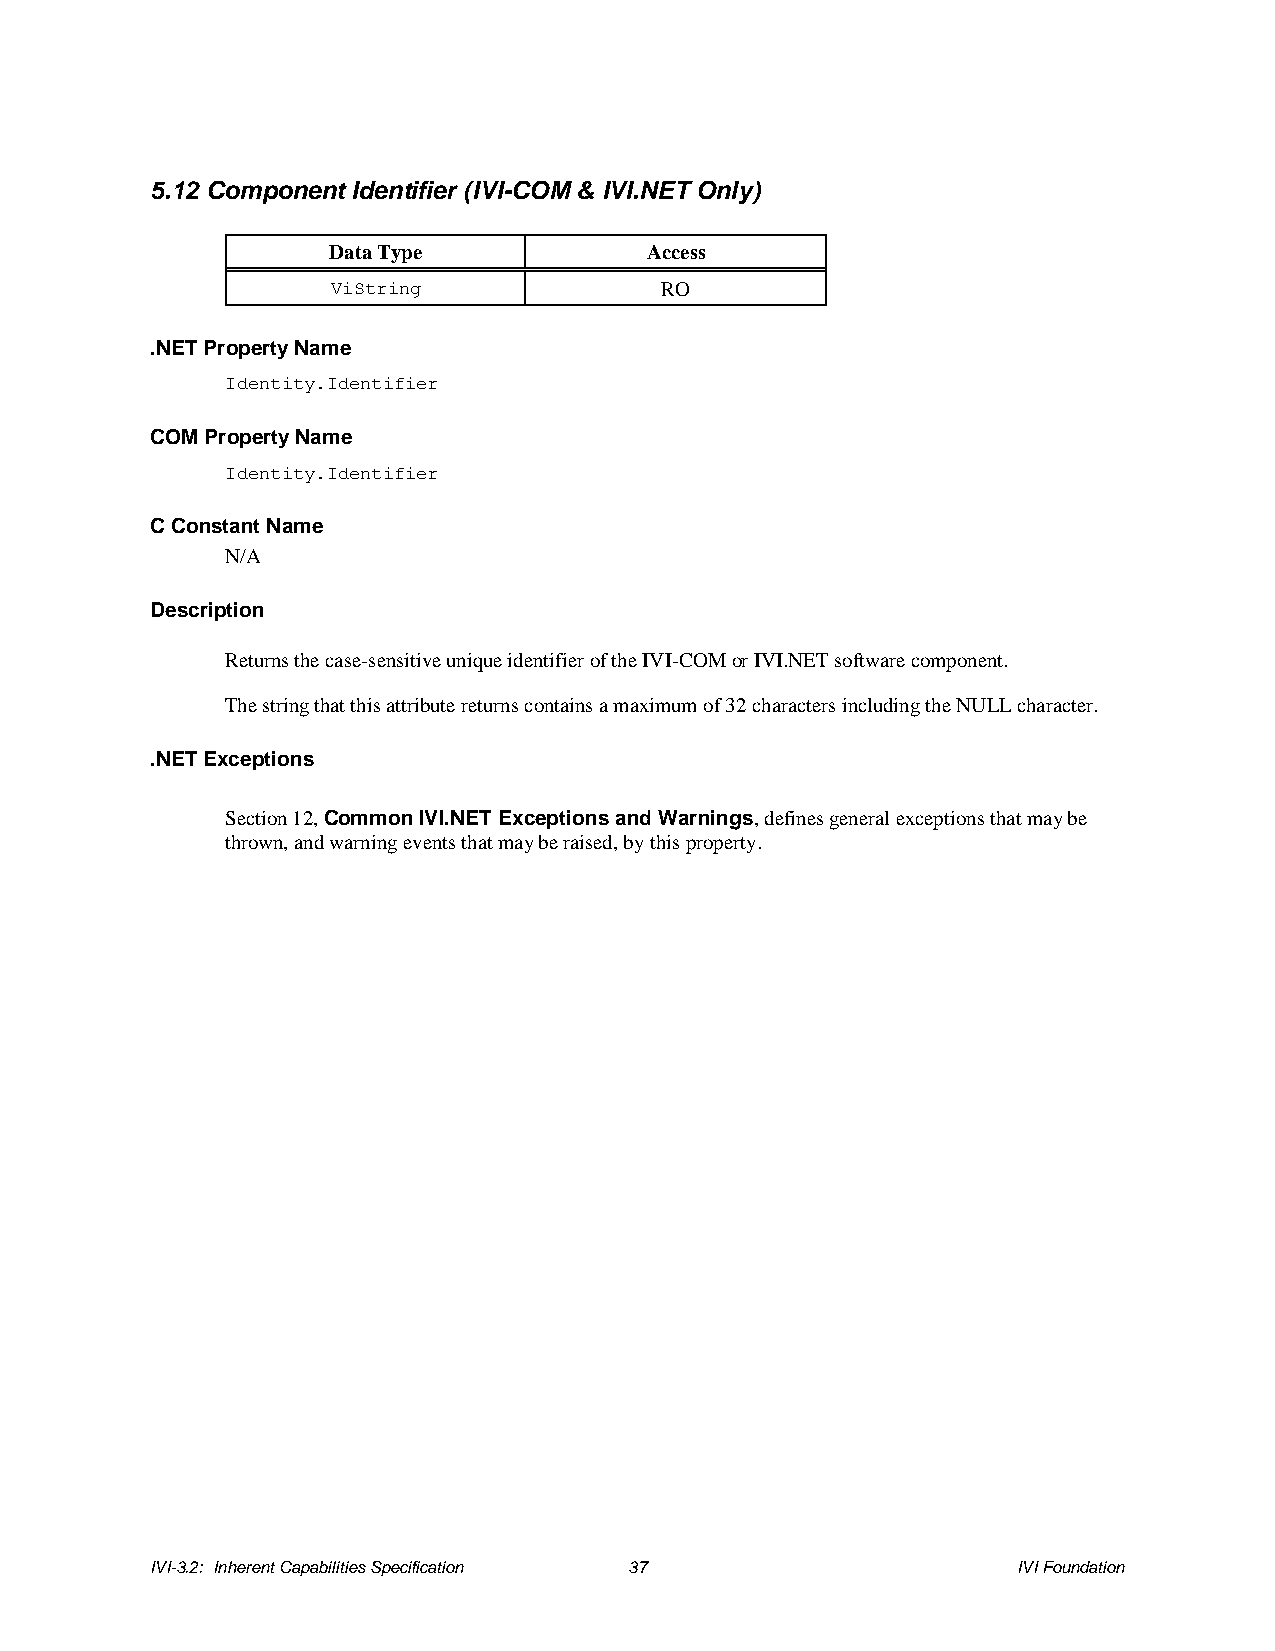
5.12 Component Identifier (IVI-COM & IVI.NET Only)
 Data Type            Access
 ViString              RO
 .NET Property Name
 Identity.Identifier
 COM Property Name
 Identity.Identifier
 C Constant Name
 N/A
 Description
 Returns the case-sensitive unique identifier of the IVI-COM or IVI.NET software component.
 The string that this attribute returns contains a maximum of 32 characters including the NULL character.
 .NET Exceptions
 Section 12, Common IVI.NET Exceptions and Warnings, defines general exceptions that may be
 thrown, and warning events that may be raised, by this property.
 IVI-3.2: Inherent Capabilities Specification 37          IVI Foundation